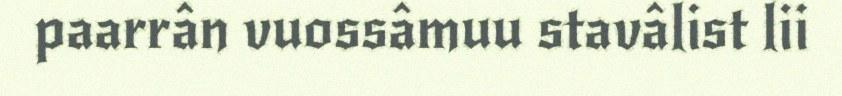
paarrân vuossâmuu stavâlist lii